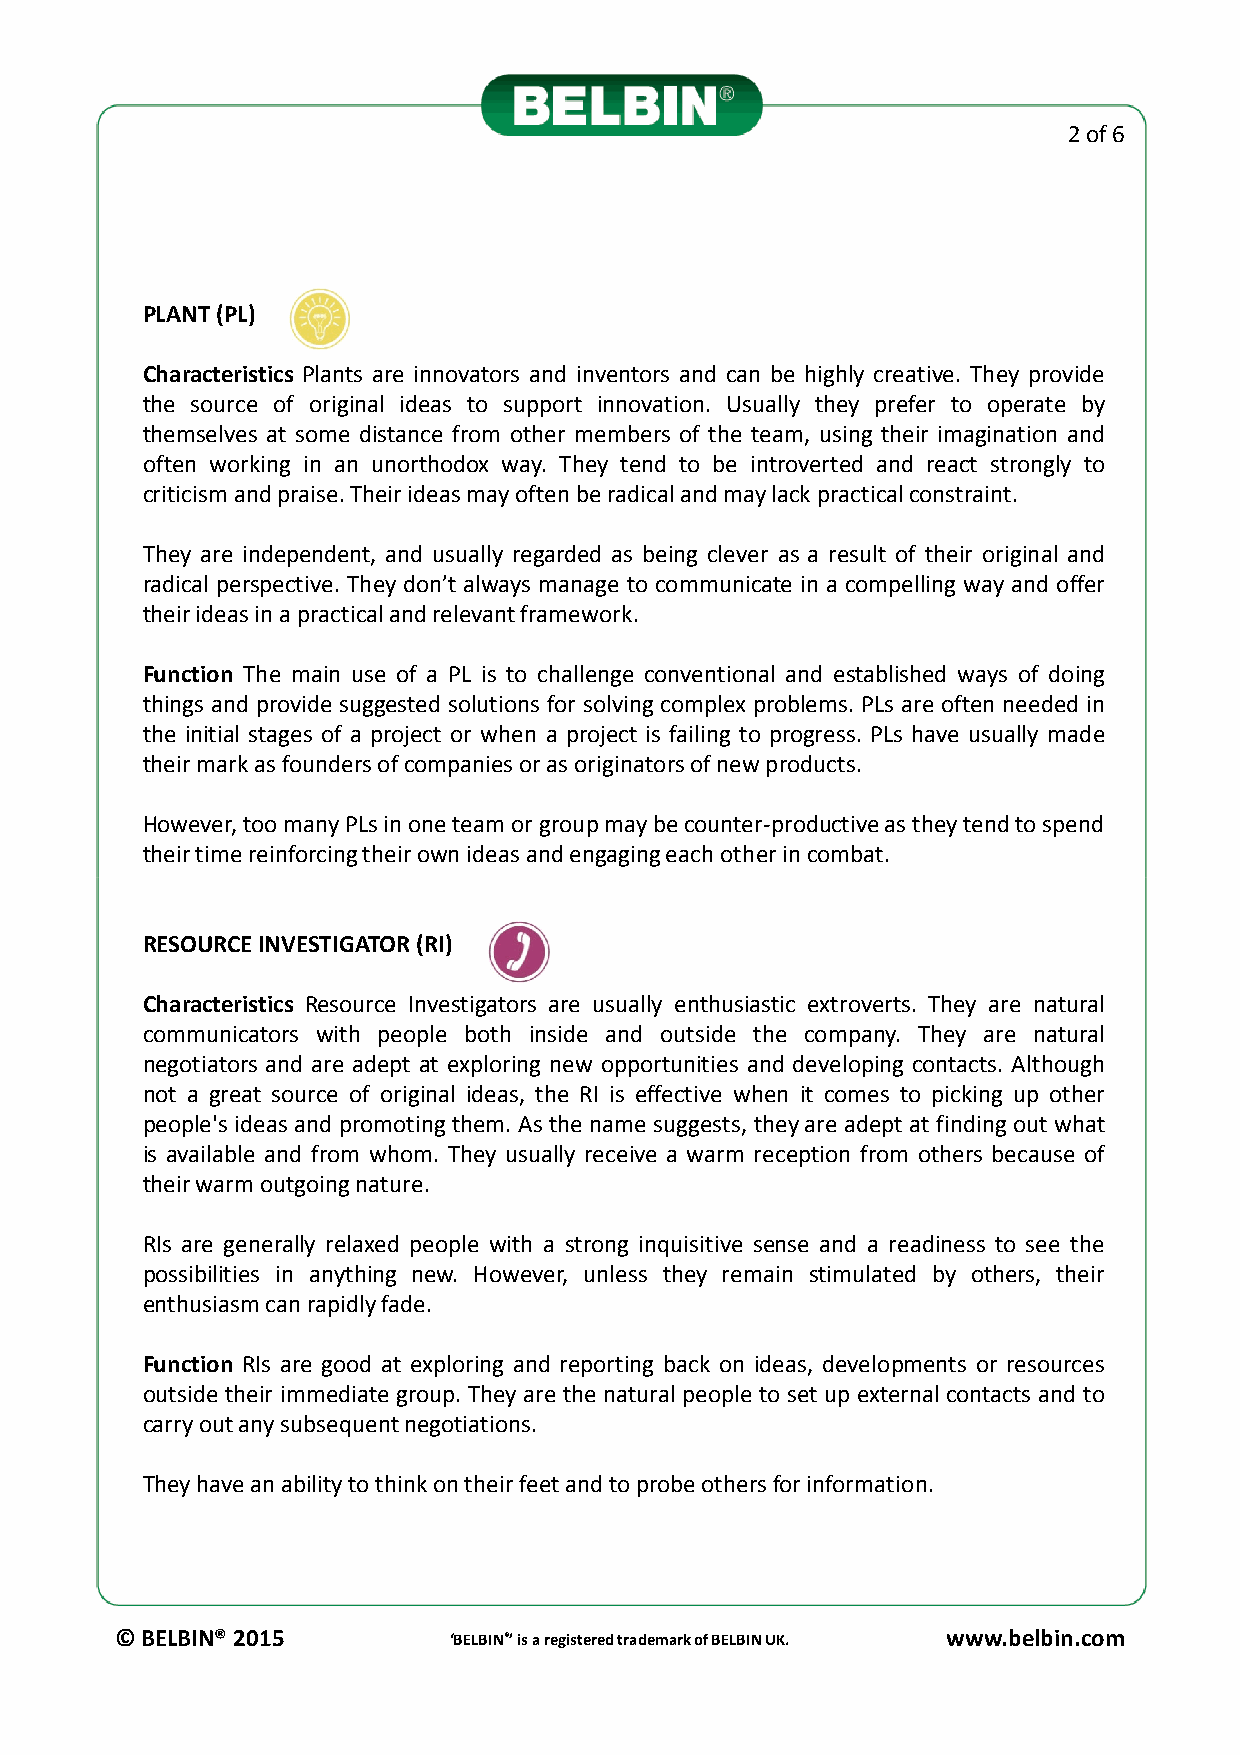
2 of 6
 PLANT(PL)
 Characteristics Plants are innovators and inventors and can be highly creative. They provide
 the source of original ideas to support innovation. Usually they prefer to operate by
 themselves at some distance from other members of the team, using their imagination and
 often working in an unorthodox way. They tend to be introverted and react strongly to
 criticismandpraise.Theirideasmayoftenberadicalandmaylackpracticalconstraint.
 They are independent, and usually regarded as being clever as a result of their original and
 radical perspective. They don’t always manage to communicate in a compelling way and offer
 theirideasinapracticalandrelevantframework.
 Function The main use of a PL is to challenge conventional and established ways of doing
 things and provide suggested solutions for solving complex problems. PLs are often needed in
 the initial stages of a project or when a project is failing to progress. PLs have usually made
 theirmarkasfoundersofcompaniesorasoriginatorsofnewproducts.
 However,toomanyPLsinoneteamorgroupmaybecounter-productiveastheytendtospend
 theirtimereinforcingtheirownideasandengagingeachotherincombat.
 RESOURCEINVESTIGATOR(RI)
 Characteristics Resource Investigators are usually enthusiastic extroverts. They are natural
 communicators with people both inside and outside the company. They are natural
 negotiators and are adept at exploring new opportunities and developing contacts. Although
 not a great source of original ideas, the RI is effective when it comes to picking up other
 people's ideas and promoting them. As the name suggests, they are adept at finding out what
 is available and from whom. They usually receive a warm reception from others because of
 theirwarmoutgoingnature.
 RIs are generally relaxed people with a strong inquisitive sense and a readiness to see the
 possibilities in anything new. However, unless they remain stimulated by others, their
 enthusiasmcanrapidlyfade.
 Function RIs are good at exploring and reporting back on ideas, developments or resources
 outside their immediate group. They are the natural people to set up external contacts and to
 carryoutanysubsequentnegotiations.
 Theyhaveanabilitytothinkontheirfeetandtoprobeothersforinformation.
 © BELBIN® 2015        ‘BELBIN®’ is a registered trademark of BELBIN UK. www.belbin.com